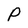
Character: P